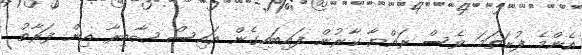
އެންމެ ފުރަތަމަ ވެސް ރައްޔާ ކާރުން ފައިބައިގެން އައިސް ޞާބިރާ އިން ފަރާތު